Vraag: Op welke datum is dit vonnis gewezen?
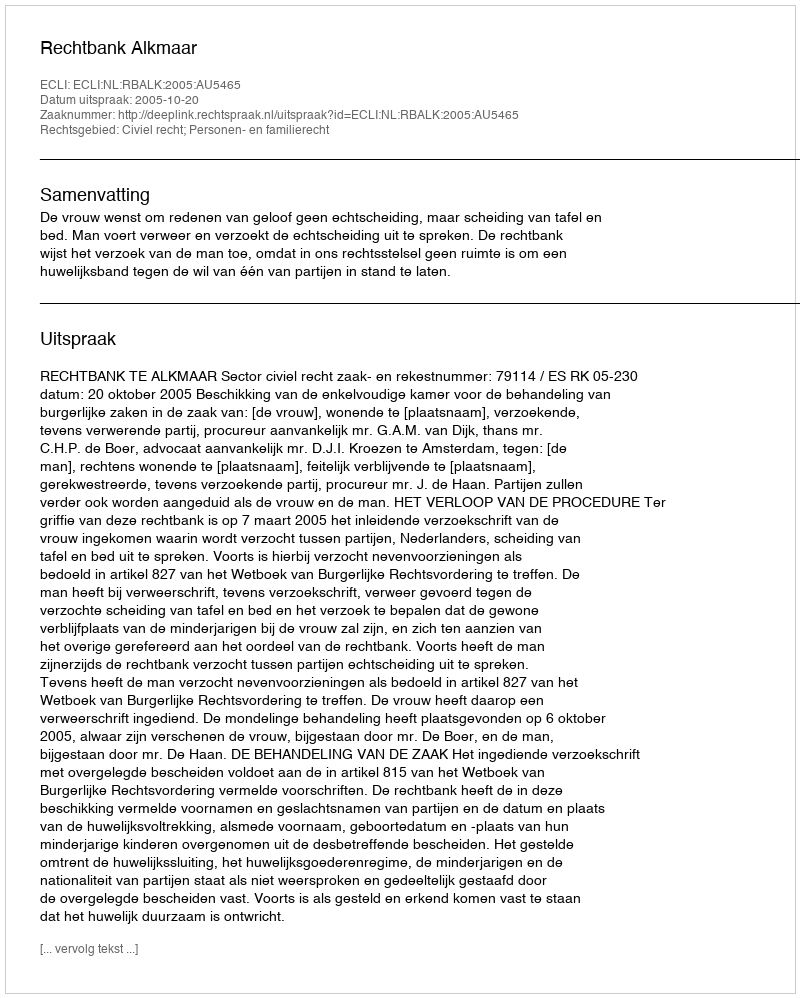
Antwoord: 2005-10-20